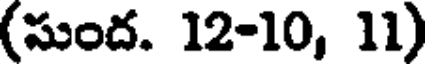
(సుంద. 12-10, 11)